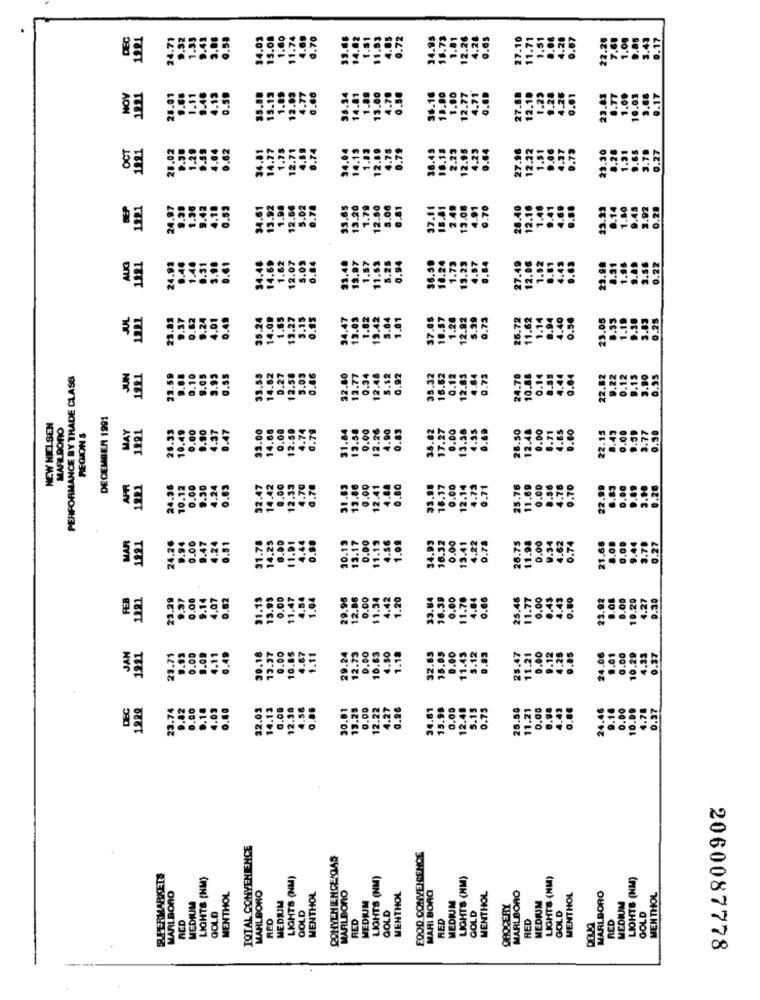
DEC
1221
24.71
.82
.43
34.03
15.08
1.60
24.95
16.73
12.26
4.24
.67
22.26
11.7
11.9;
0.0
HOY
1221
25.01
35.80
15.19
1.0
13.
23.
1821
25.02
34.81
14.77
1.7
12.6
1221
24.97
34.61
13.92
23.
1321
24.99
AUG
34.
14.0
23.
23.83
9.37
0.62
9.24
4.01
35.24
14.0
23.
PERFORMANCE BY TRADE CLASS
JUN
1921
23.59
3.93
33.55
14.62
0,92
12.
12.
35.
16.
12.
22.
DECEMBER 1991
NEW HICI SEN
MARILDORIO
1221
10.49
0.00
9.90
4.37
33.00
14.68
0.00
12.59
3.58
0.00
12.26
4.90
0.85
35.82
0.00
13.26
REGIONS
0.4
22.1:
3.77
0.30
25.
0.00
0,80
24.36
10.12
.00
32.47
14.42
.86
0.00
12.41
4.88
33.95
18.17
0.00
12.14
0.26
12.3
31.
22.9
1921
24.26
.00
31.78
14,25
13.17
1.09
34.93
16.32
1.68
1.27
MAR
30.1
0.00
11.19
0.00
13.41
26.
FEB
1221
23.29
9.37
0.00
31.13
13.93
0.00
0.00
1.20
.39
25.46
23.92
9.08
D.O.
4.27
0.30
9.1
4.0
11.
11.
33.6
11.
11.
O.C
10.
30.18
13.37
29.24
0.00
10.83
JAN
1921
23.71
9.93
0.00
9.09
4.11
0.00
10.85
11.4
25.47
0.0
0.0
12.
32.
15.
11.
24.
10.
DEC
23.74
9.82
0.00
0.1.
4 .03
32.03
14.13
0.00
12.30
30.01
13.25
0.00
12.22
4.27
0.96
34.61
15.98
0.00
12.48
25.50
11.21
.00
.37
S.1.
0.7
24.
TOTAL CONVENIENCE
CONVENIENCENIAS
FOOD CONVENIENCE
SUPERMARKETS
LIGHTS (NM)
LIGHTS (NM)
LIGHTS (NM)
LIGHTS (NM)
LIGHTS (NM)
LIGHTS (NM)
MARLBORO
MARI BORO
MEDIUM
MENTHOL
MARLBORO
MEDIUM
MENTHOL
MARLBORO
MENTHOL
MEDIUM
MENTHOL
MARLBORO
MENTHOL
MARLBORO
MEDIUM
MENTHOL
MEDIUM
GOLD
GROCERY
MEDIUM
ACD
GOLD
RED
GOLD
RED
RED
GOLD
RED
GOLD
RED
GOLD
2060087778